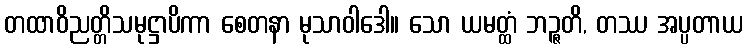
တထာဝိညတ္တိသမုဋ္ဌာပိကာ စေတနာ မုသာဝါဒေါ။ သော ယမတ္ထံ ဘဉ္ဇတိ, တဿ အပ္ပတာယ